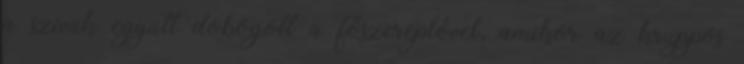
a szívük együtt dobogott a főszereplővel, amikor az kruppos